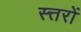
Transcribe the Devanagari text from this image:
स्त्तरों